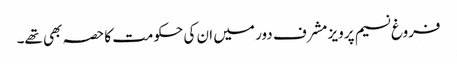
فروغ نسیم پرویز مشرف دور میں ان کی حکومت کا حصہ بھی تھے۔